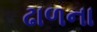
ઢાળના